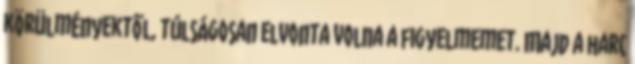
körülményektől, túlságosan elvonta volna a figyelmemet. Majd a harc